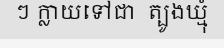
ៗ ក្លាយទៅជា  ត្បូងឃ្មុំ